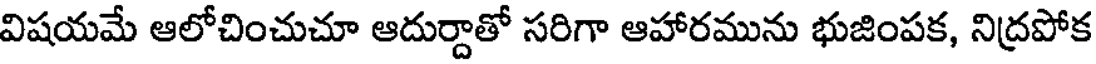
విషయమే ఆలోచించుచూ ఆదుర్దాతో సరిగా ఆహారమును భుజింపక, నిద్రపోక